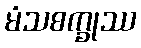
မံသစက္ခုဿ